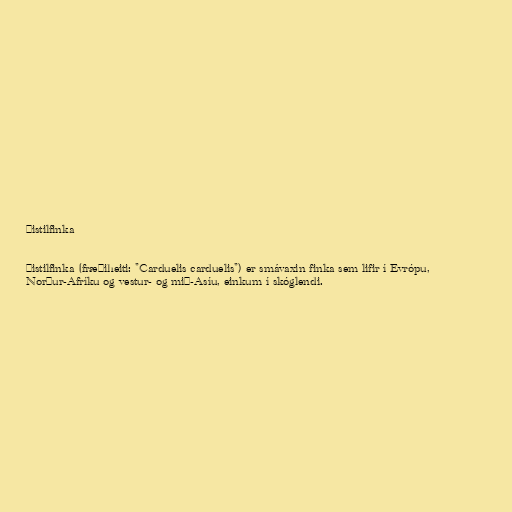
Þistilfinka

Þistilfinka (fræðiheiti: "Carduelis carduelis") er smávaxin finka sem lifir í Evrópu,
Norður-Afríku og vestur- og mið-Asíu, einkum í skóglendi.